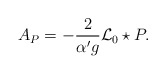
\begin{align*}A_{P}=-\frac{2}{{\alpha ^{\prime }}g}{\mathcal{L}_{0}}\star P.\end{align*}